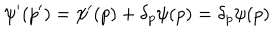
LaTeX: \psi ^ { \prime } ( p ^ { \prime } ) = \psi ^ { \prime } ( p ) + \delta _ { p } \psi ( p ) = \delta _ { p } \psi ( p )